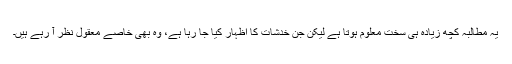
یہ مطالبہ کچھ زیادہ ہی سخت معلوم ہوتا ہے لیکن جن خدشات کا اظہار کیا جا رہا ہے، وہ بھی خاصے معقول نظر آ رہے ہیں۔